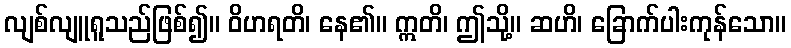
လျစ်လျူရူသည်ဖြစ်၍။ ဝိဟရတိ၊ နေ၏။ ဣတိ၊ ဤသို့။ ဆဟိ၊ ခြောက်ပါးကုန်သော။